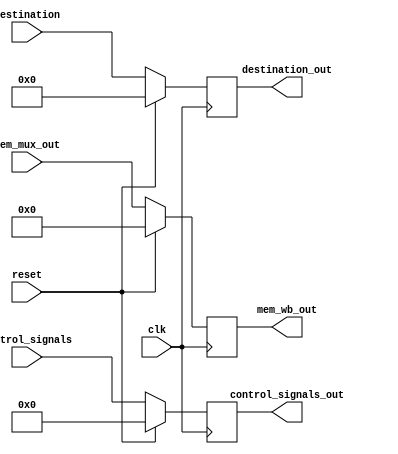
module MEM_WB_Stage (
    input clk,
    input reset,
    input [24:0] control_signals,
    input [31:0] mem_mux_out,
    input wire [4:0] destination,
    output reg [31:0] mem_wb_out,
    output reg [24:0] control_signals_out,
    output reg [4:0] destination_out
);


    always @(posedge clk) begin
        if (reset) begin
            // Reset all registers
            control_signals_out <= 25'b0;
            mem_wb_out <= 32'b0;
            destination_out <= 5'b0;
        end else begin
            // Update all registers
            control_signals_out <= control_signals;
            mem_wb_out <= mem_mux_out;
            destination_out <= destination;
        end
    end

endmodule